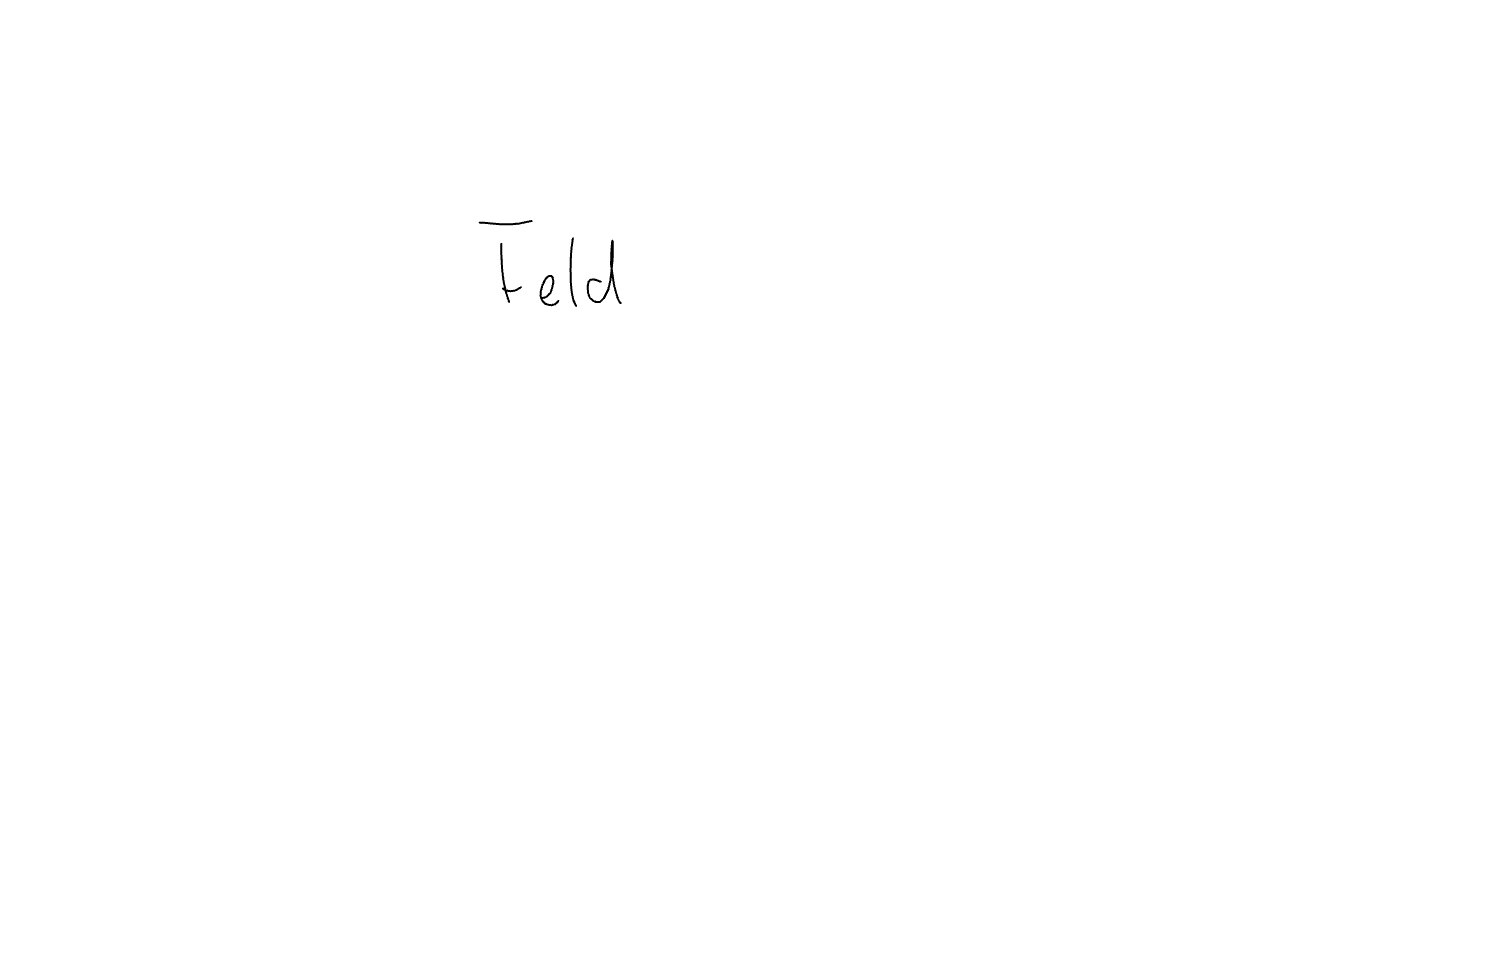
Text: Feld